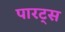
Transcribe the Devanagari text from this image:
पारट्स